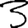
Digit: 3